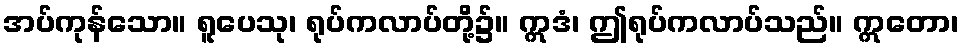
အပ်ကုန်သော။ ရူပေသု၊ ရုပ်ကလာပ်တို့၌။ ဣဒံ၊ ဤရုပ်ကလာပ်သည်။ ဣတော၊